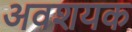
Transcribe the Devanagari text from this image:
अवशयक